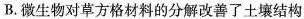
B.微生物对草方格材料的分解改善了土壤结构